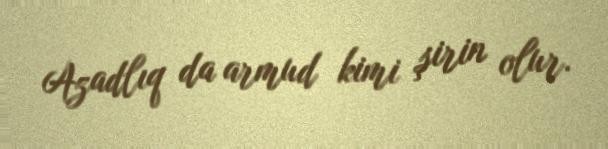
Azadlıq da armud kimi şirin olur.